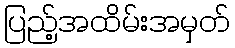
ပြည့်အထိမ်းအမှတ်